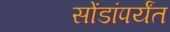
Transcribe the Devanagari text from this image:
सोंडांपर्यंत